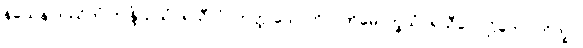
နယေန ဒဿိတံ ဣန္ဒြိယသံဝရသီလံ, တတ္ထ သောတိ ပါတိမောက္ခသံဝရသီလေ ဌိတော ဘိက္ခု။